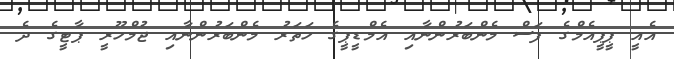
އެއީ ޕީޕީއެމްގެ ފަސް މެންބަރުންނާއި އެމްޑީޕީގެ ހަތަރު މެންބަރުންނާއި ޖުމްހޫރީ ޕާޓީގެ ދެ